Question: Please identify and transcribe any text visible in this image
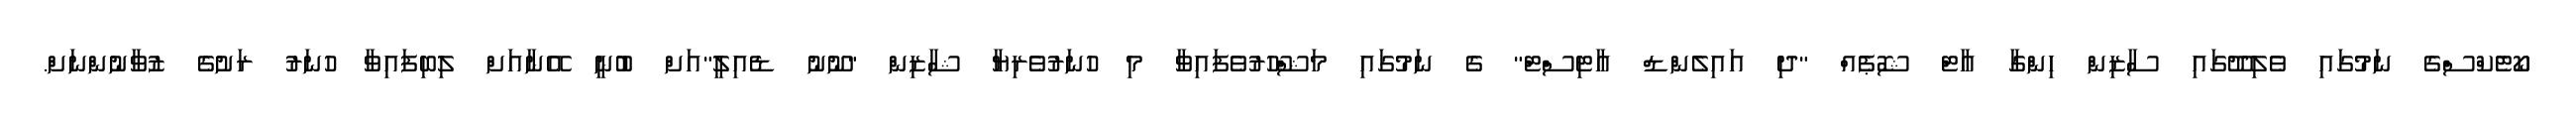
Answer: ކޯޓެކްސްގެ ނަމުގައި ވެލިދޫގައި ސާޒިން ހިންގާ އާޓް ޝޮޕެއް "ދި އައިލެންޑް އާޓިސްޓް" ގެ ނަމުގައި މަޝްހޫރުވެފައިވާ މި ހުނަރުވެރިޔާ ޝާޒިން "ނޫނު ޑެއިލީ"އަށް ބުނީ އޭނާއަށް ލިބިފައިވާ ހުނަރު ރަށުގެ ޒުވާނުންނަށް.